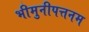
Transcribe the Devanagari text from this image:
भीमुनीपत्तनम